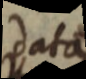
data